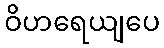
ဝိဟရေယျပေ